system: You are a helpful assistant.
user:
Analyze the provided spectrum to determine if it is a **S-type Star**.

- **Key Indicators for S-type Star:**

    - **(Overall Spectrum Shape):** The first and most obvious characteristic is the overall continuum (the "baseline" shape). It is **extremely "red-sloping,"** meaning the flux (light intensity) is very low on the left side (blue, ~4000-4500 Å) and rises steeply and continuously toward the right side (red, ~7000 Å+).

    - **(Primary):** The spectrum is defined by the presence of strong, broad molecular absorption "valleys" (bands) from **Zirconium Oxide (ZrO)**. The identification of these bands is the **primary requirement** for classifying a star as S-type.
        - **(Key Bandheads):** You must find distinct, deep "dips" where the light has been absorbed. The most critical band systems to locate are:
            - **~6474 Å** ($\gamma$-system): This is often the strongest and clearest ZrO feature, found in the red part of the spectrum.
            - **~5718 Å** & **~5551 Å** ($\beta$-system): A pair of prominent absorption features in the yellow-orange part of the spectrum.
            - **~4640 Å** ($\alpha$-system): A key absorption band system in the blue-green region of the spectrum.

    - **(Secondary Confirmation):** The classification is strengthened by finding additional absorption bands from other related heavy element oxides, which are expected to be present alongside ZrO.
        - **(Key Bandheads):**
            - **Yttrium Oxide (YO):** Look for absorption dips near **~4800 Å** and **~6100 Å**.
            - **Lanthanum Oxide (LaO):** Additional absorption features, particularly in the red-orange part of the spectrum, are also characteristic.

    - **(Line Profile):** The combination of the steep red continuum and these numerous, deep molecular bands (ZrO, YO, etc.) gives the entire spectrum a very **"chopped-up"** or **"bumpy"** appearance. Instead of a smooth curve, the spectrum looks as though large, wide chunks of light have been "carved out" of it at the specific wavelengths listed above.

Think first, call **spectral_visualization_tool** if needed to examine features in detail, then provide your final answer. Your response must adhere to the following strict rules:
1.  **Overall Structure:** Your response must follow the format `<think>...</think> <tool_call>...</tool_call> (if a tool is used) <answer>...</answer>`.
2.  **Tool Usage Constraint:** You may only make **one** tool call per turn.
3.  **Final Answer Format:** In the `<answer>` tag, your conclusion must be inside a `\boxed{}` command (e.g., `\boxed{YES}` or `\boxed{NO}`), followed by your justification.

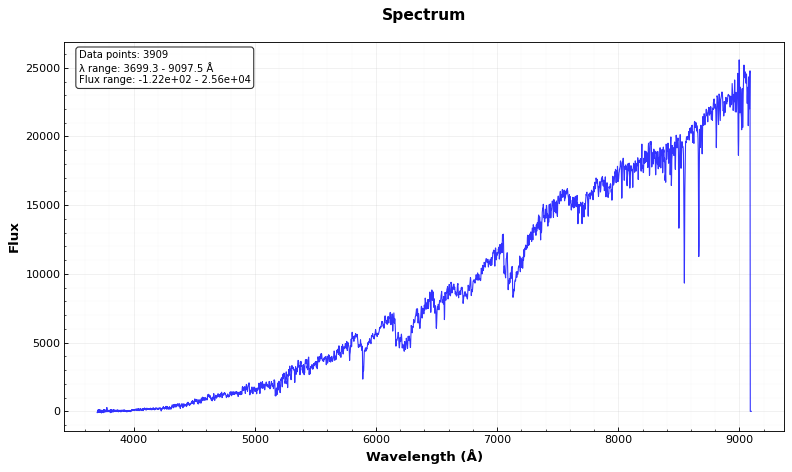
Answer: YES